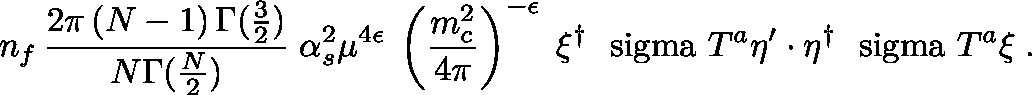
n _ { f } \, { \frac { 2 \pi \, ( N - 1 ) \, \Gamma ( { \frac { 3 } { 2 } } ) } { N \Gamma ( { \frac { N } { 2 } } ) } } \; \alpha _ { s } ^ { 2 } \mu ^ { 4 \epsilon } \; \left( { \frac { m _ { c } ^ { 2 } } { 4 \pi } } \right) ^ { - \epsilon } \; \xi ^ { \dagger } \mathrm { \boldmath ~ \ s i g m a ~ } T ^ { a } \eta ^ { \prime } \cdot \eta ^ { \dagger } \mathrm { \boldmath ~ \ s i g m a ~ } T ^ { a } \xi \; .